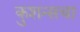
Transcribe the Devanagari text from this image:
कुशन्सचा